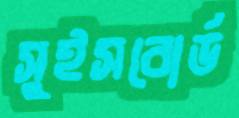
সুইসবোর্ড